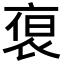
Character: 𮕻